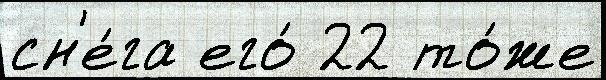
сн'е́га его́ 22 то́же